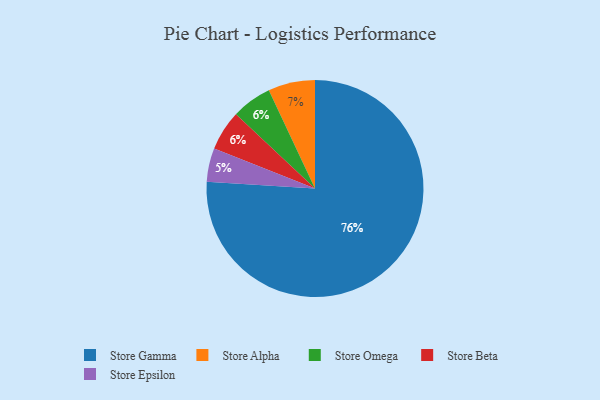
{"axis": {"x": "Category", "y": "Percentage"}, "legend": ["Store Alpha", "Store Beta", "Store Epsilon", "Store Gamma", "Store Omega"], "data": [{"x": "Store Epsilon", "y": 5, "type": "Store Epsilon"}, {"x": "Store Omega", "y": 6, "type": "Store Omega"}, {"x": "Store Beta", "y": 6, "type": "Store Beta"}, {"x": "Store Gamma", "y": 76, "type": "Store Gamma"}, {"x": "Store Alpha", "y": 7, "type": "Store Alpha"}]}